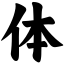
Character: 体